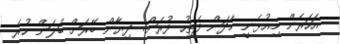
އަހަރެން މިއުޅެނީ މާދަން ފަތިހު ފުރަން.. ދިޔާން ބޭރަށް ބަލަން ހުރެ